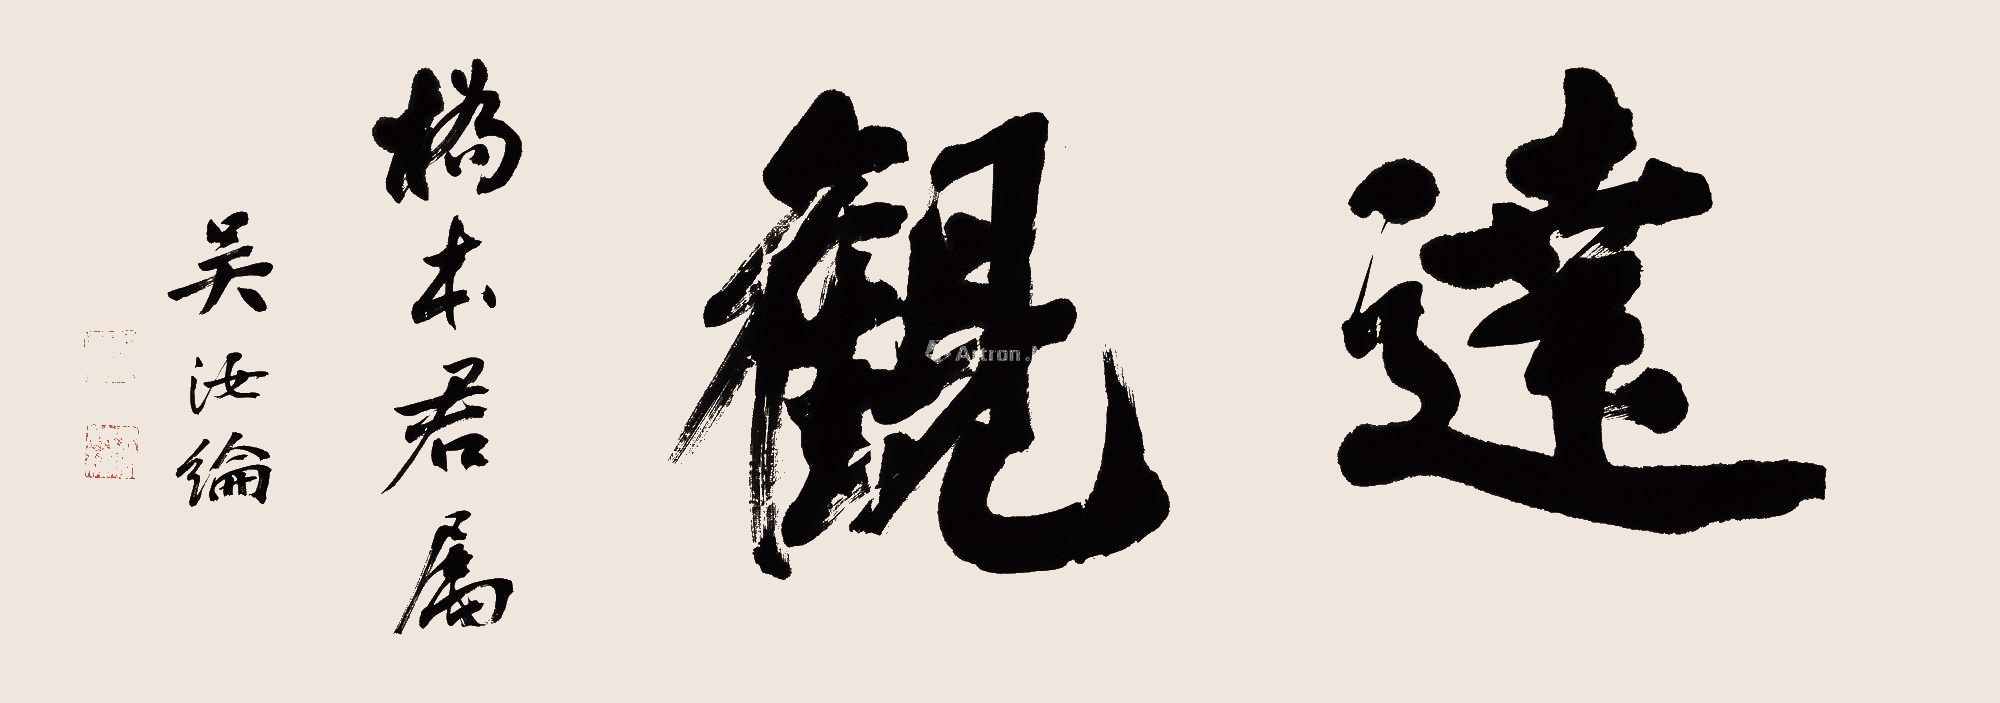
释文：达观桥本君属，吴汝纶。